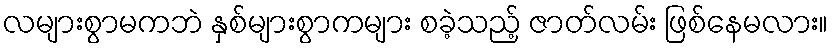
လများစွာမကဘဲ နှစ်များစွာကများ စခဲ့သည့် ဇာတ်လမ်း ဖြစ်နေမလား။